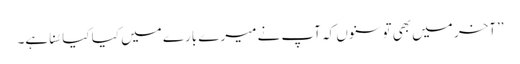
’’آخر میں بھی تو سنوں کہ آپ نے میرے بارے میں کیا کیا سُنا ہے۔